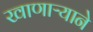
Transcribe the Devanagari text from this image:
खाणाऱ्याने